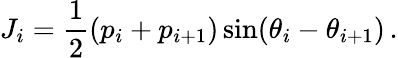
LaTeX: J_{i}=\frac{1}{2}(p_{i}+p_{i+1})\sin(\theta_{i}-\theta_{i+1})\, .